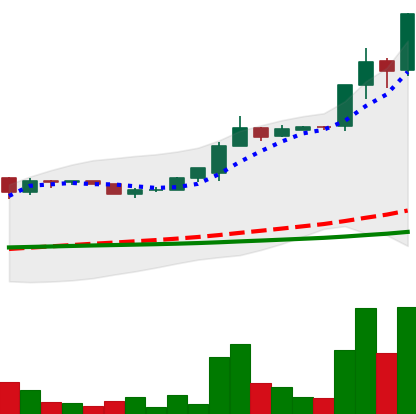
Ticker: LTC-USD
Chart end date: 2015-07-08
Forward return: -26.43%
Label: down_7plus